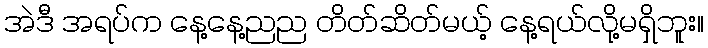
အဲဒီ အရပ်က နေ့နေ့ညည တိတ်ဆိတ်မယ့် နေ့ရယ်လို့မရှိဘူး။